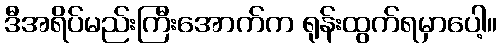
ဒီအရိပ်မည်းကြီးအောက်က ရုန်းထွက်ရမှာပေါ့။